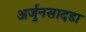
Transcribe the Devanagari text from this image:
अर्जुनसादडा